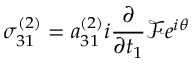
\sigma _ { 3 1 } ^ { ( 2 ) } = a _ { 3 1 } ^ { ( 2 ) } i \frac { \partial } { \partial t _ { 1 } } \mathcal { F } e ^ { i \theta }